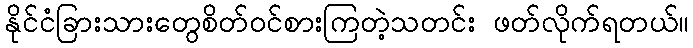
နိုင်ငံခြားသားတွေစိတ်ဝင်စားကြတဲ့သတင်း ဖတ်လိုက်ရတယ်။